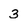
Character: 3